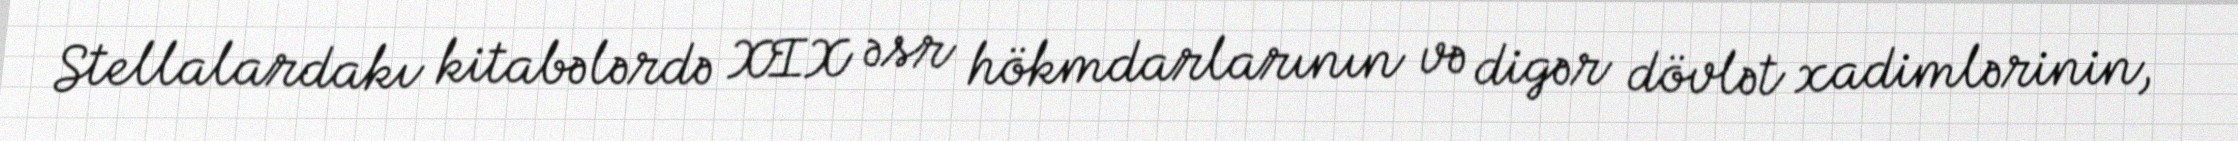
Stellalardakı kitabələrdə XIX əsr hökmdarlarının və digər dövlət xadimlərinin,